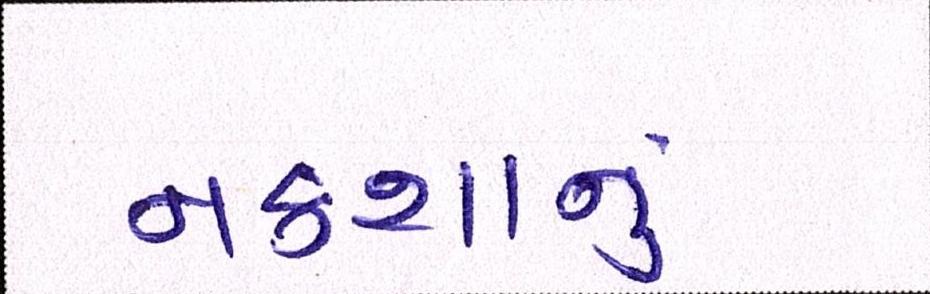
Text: નકશાનું